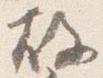
故